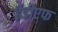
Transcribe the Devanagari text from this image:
ईडीएफ